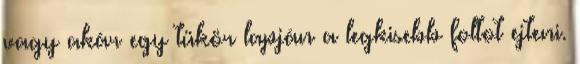
vagy akár egy tükör lapján a legkisebb foltot ejteni.